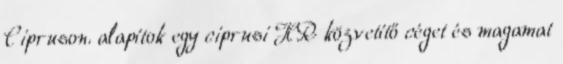
Cipruson. alapítok egy ciprusi HR közvetítő céget és magamat